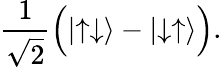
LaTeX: {\frac{1}{\sqrt{2}}}{\Big(}|{\uparrow\downarrow}\rangle-|{\downarrow\uparrow}\rangle{\Big)}.